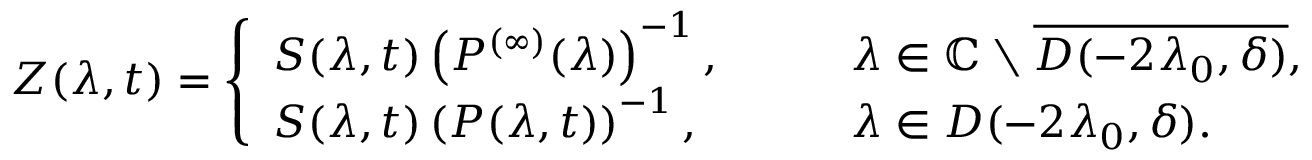
Z ( \lambda , t ) = \left\{ \begin{array} { l l } { S ( \lambda , t ) \left( P ^ { ( \infty ) } ( \lambda ) \right) ^ { - 1 } , } & { \qquad \lambda \in \mathbb { C } \setminus \overline { { D ( - 2 \lambda _ { 0 } , \delta ) } } , } \\ { S ( \lambda , t ) \left( P ( \lambda , t ) \right) ^ { - 1 } , } & { \qquad \lambda \in D ( - 2 \lambda _ { 0 } , \delta ) . } \end{array} \right.